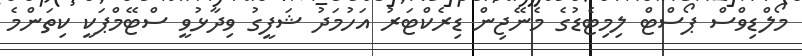
މޯލްޑިވްސް ޕޯސްޓް ލިމިޓެޑުގެ މެނޭޖިން ޑިރެކްޓަރު އަހުމަދު ޝަފީގު ވިދާޅުވީ ސްޓޭމްޕަކީ ކިތަންމެ